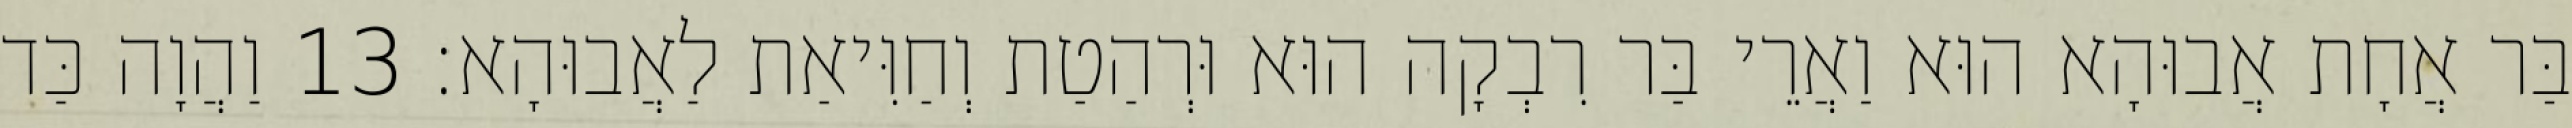
בַּר אֲחָת אֲבוּהָא הוּא וַאֲרֵי בַּר רִבְקָה הוּא וּרְהַטַת וְחַוִּיאַת לַאֲבוּהָא׃ 13 וַהֲוָה כַּד